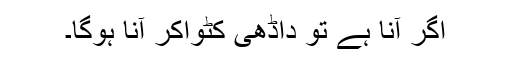
اگر آنا ہے تو داڈھی کٹواکر آنا ہوگا۔